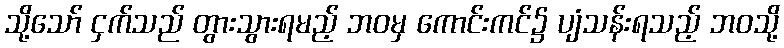
သို့သော် ငှက်သည် တွားသွားရမည့် ဘဝမှ ကောင်းကင်၌ ပျံသန်းရသည့် ဘဝသို့